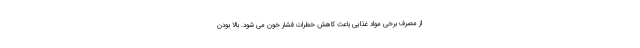
از مصرف برخی مواد غذایی باعث کاهش خطرات فشار خون می شود. بالا بودن